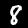
Digit: 8